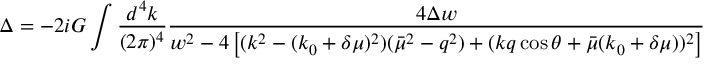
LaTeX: \Delta = - 2 i G \int \frac { d ^ { 4 } k } { ( 2 \pi ) ^ { 4 } } \frac { 4 \Delta w } { w ^ { 2 } - 4 \left[ ( k ^ { 2 } - ( k _ { 0 } + \delta \mu ) ^ { 2 } ) ( \bar { \mu } ^ { 2 } - q ^ { 2 } ) + ( k q \cos \theta + \bar { \mu } ( k _ { 0 } + \delta \mu ) ) ^ { 2 } \right] }